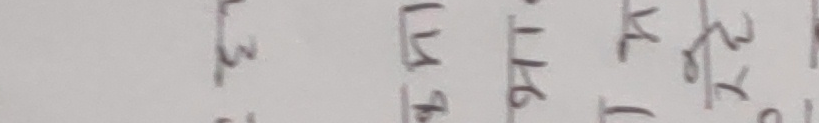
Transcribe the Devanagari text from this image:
३त ल४ १६ ४ २×४